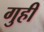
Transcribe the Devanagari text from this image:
गुही